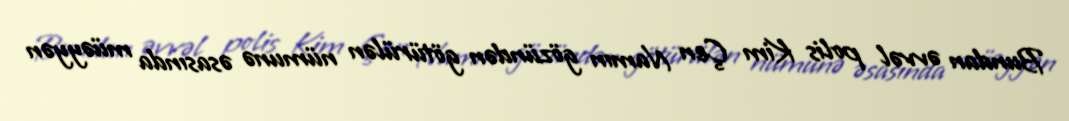
Bundan əvvəl polis Kim Çen Namın gözündən götürülən nümunə əsasında müəyyən